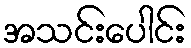
အသင်းပေါင်း